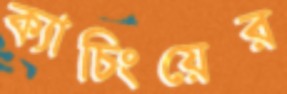
ক্যাচিংয়ের